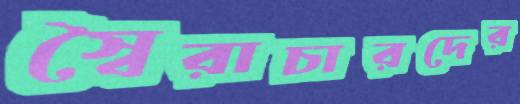
স্বৈরাচারদের